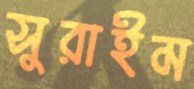
সুরাইম